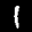
Label: 1